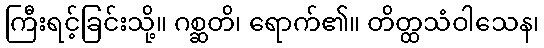
ကြီးရင့်ခြင်းသို့။ ဂစ္ဆတိ၊ ရောက်၏။ တိတ္ထသံဝါသေန၊